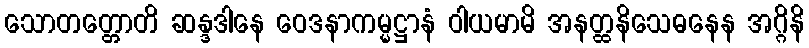
သောတတ္တောတိ ဆန္ဒဒါနေ ဝေဒနာကမ္မဋ္ဌာနံ ဝါယမာမိ အနတ္ထနိသေဓနေန အဂ္ဂိနိ